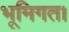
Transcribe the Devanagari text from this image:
भूमिगत।